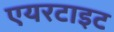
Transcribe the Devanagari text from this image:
एयरटाइट